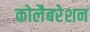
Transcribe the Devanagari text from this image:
कोलैबरेशन